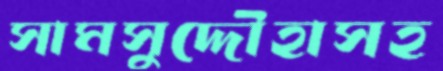
সামসুদ্দৌহাসহ